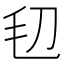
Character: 𣬞